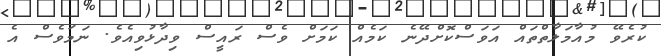
ކުރެވޭ މުއާމަލާތްތައް އަވަސްކޮށްދޭނެ ކަމެއް ކަމަށް ވެސް ރައީސް ވިދާޅުވިއެވެ. ނަމަވެސް އެ